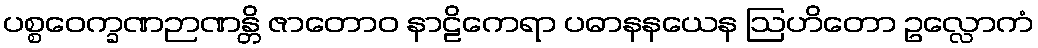
ပစ္စဝေက္ခဏဉာဏန္တိ ဇာတောဝ နာဠိကေရာ ပဓာနနယေန ဩဟိတော ဥလ္လောကံ